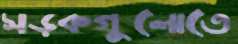
সড়কগুলোতে